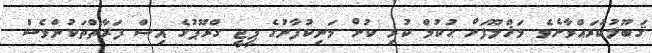
ޤަބޫލުކުރައްވާށެވެ. މަޚްލޫފަށް ޙުކުމް ކުރި ކުށް މަނިކުފާނުގެ ޕީޖީ ގްރޫޕުގެ އިސް ފަރާތްތަކުންވެސް